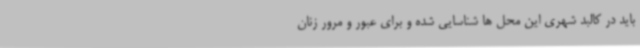
باید در کالبد شهری این محل ها شناسایی شده و برای عبور و مرور زنان